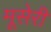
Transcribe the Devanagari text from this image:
मूसेरी